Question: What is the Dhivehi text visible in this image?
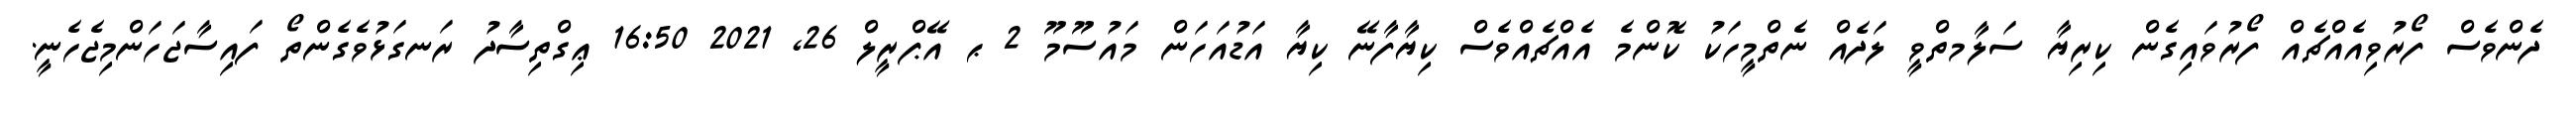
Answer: ދެންވެސް ފޯރުވިއެއްޗެއް ފޯރުވައިގެން ކިރިޔާ ސަލާމތްވީ ލަދެއް ނެތްމީހަކު ކޮންމެ އެއްޗެއްވެސް ކިޔާފާނޭ ކިޔާ އަޑުއަހަން މައުސޫމޫ 2 ޙ އޭޕްރީލް 26, 2021 16:50 ޢިގްތިސާދު ރަނގަޅުވެގެންތޯ ފައިސާޖަހަންމިޖެހެނީ.